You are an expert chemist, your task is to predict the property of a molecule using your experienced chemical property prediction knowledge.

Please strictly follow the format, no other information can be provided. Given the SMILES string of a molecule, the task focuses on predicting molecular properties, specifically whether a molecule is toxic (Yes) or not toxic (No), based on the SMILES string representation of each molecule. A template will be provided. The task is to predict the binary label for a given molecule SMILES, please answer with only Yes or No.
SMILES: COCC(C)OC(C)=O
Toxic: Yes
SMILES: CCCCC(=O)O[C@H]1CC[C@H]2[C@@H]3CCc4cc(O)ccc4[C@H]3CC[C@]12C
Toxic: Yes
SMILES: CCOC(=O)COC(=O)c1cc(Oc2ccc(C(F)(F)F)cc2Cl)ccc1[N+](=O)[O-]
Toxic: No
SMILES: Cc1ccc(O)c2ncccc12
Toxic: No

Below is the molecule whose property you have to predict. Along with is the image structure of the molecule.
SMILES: CN(C)[C@@H]1C(O)=C(C(N)=O)C(=O)[C@@]2(O)C(O)=C3C(=O)c4c(O)cccc4[C@@](C)(O)[C@H]3C[C@@H]12
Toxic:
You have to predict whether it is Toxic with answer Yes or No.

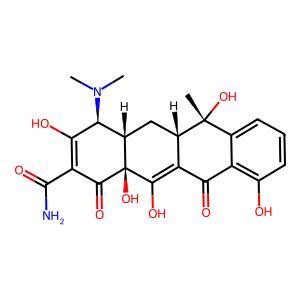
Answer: No